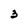
Character: 3